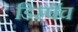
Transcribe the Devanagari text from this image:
डिस्पॅच